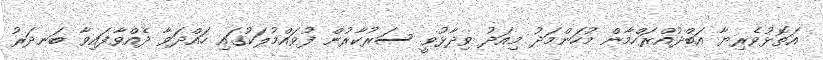
އަތޮޅުވެރިޔާ އަބްދުއްރަހްމާން މުހަންމަދު މިއަދު ވިދާޅުވީ ސަރުކާރުން ފުވައްމުލަކުގައި ހައްދަވާ ދެއްވާފައިވާ ބަނދަރު